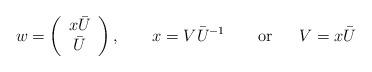
LaTeX: \begin{align*}w =\left(\begin{array}{c}x \bar{U} \\\bar{U}\end{array}\right),~~~~~~ x = V \bar{U}^{-1}~~~~~~{\rm or}~~~~~V = x \bar{U} \end{align*}